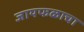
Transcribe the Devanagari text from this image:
जायफळाचा